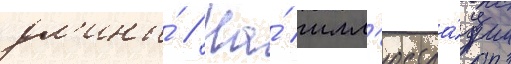
дл'ины́ // На́ илл'юстра́ции